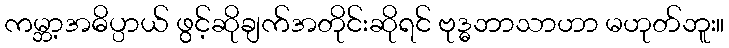
ကမ္ဘာ့အဓိပ္ပာယ် ဖွင့်ဆိုချက်အတိုင်းဆိုရင် ဗုဒ္ဓဘာသာဟာ မဟုတ်ဘူး။